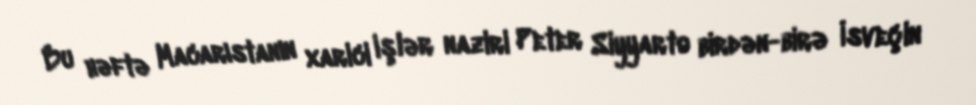
Bu həftə Macarıstanın xarici işlər naziri Peter Siyyarto birdən-birə İsveçin